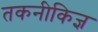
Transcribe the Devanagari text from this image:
तकनीकिज्ञ